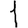
Digit: 1